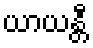
ယာယန္တီ